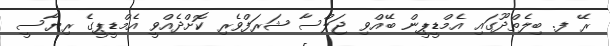
ރޭ ފ. ބިލެތްދޫގައި އެމްޑީޕީން ބޭއްވި ޖަލްސާ ޝަރަފްވެރި ކޮށްދެއްވީ އެމްޑީޕީގެ ރިޔާސީ